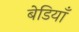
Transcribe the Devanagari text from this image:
बेडियाँ